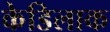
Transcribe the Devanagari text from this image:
केडिलाक